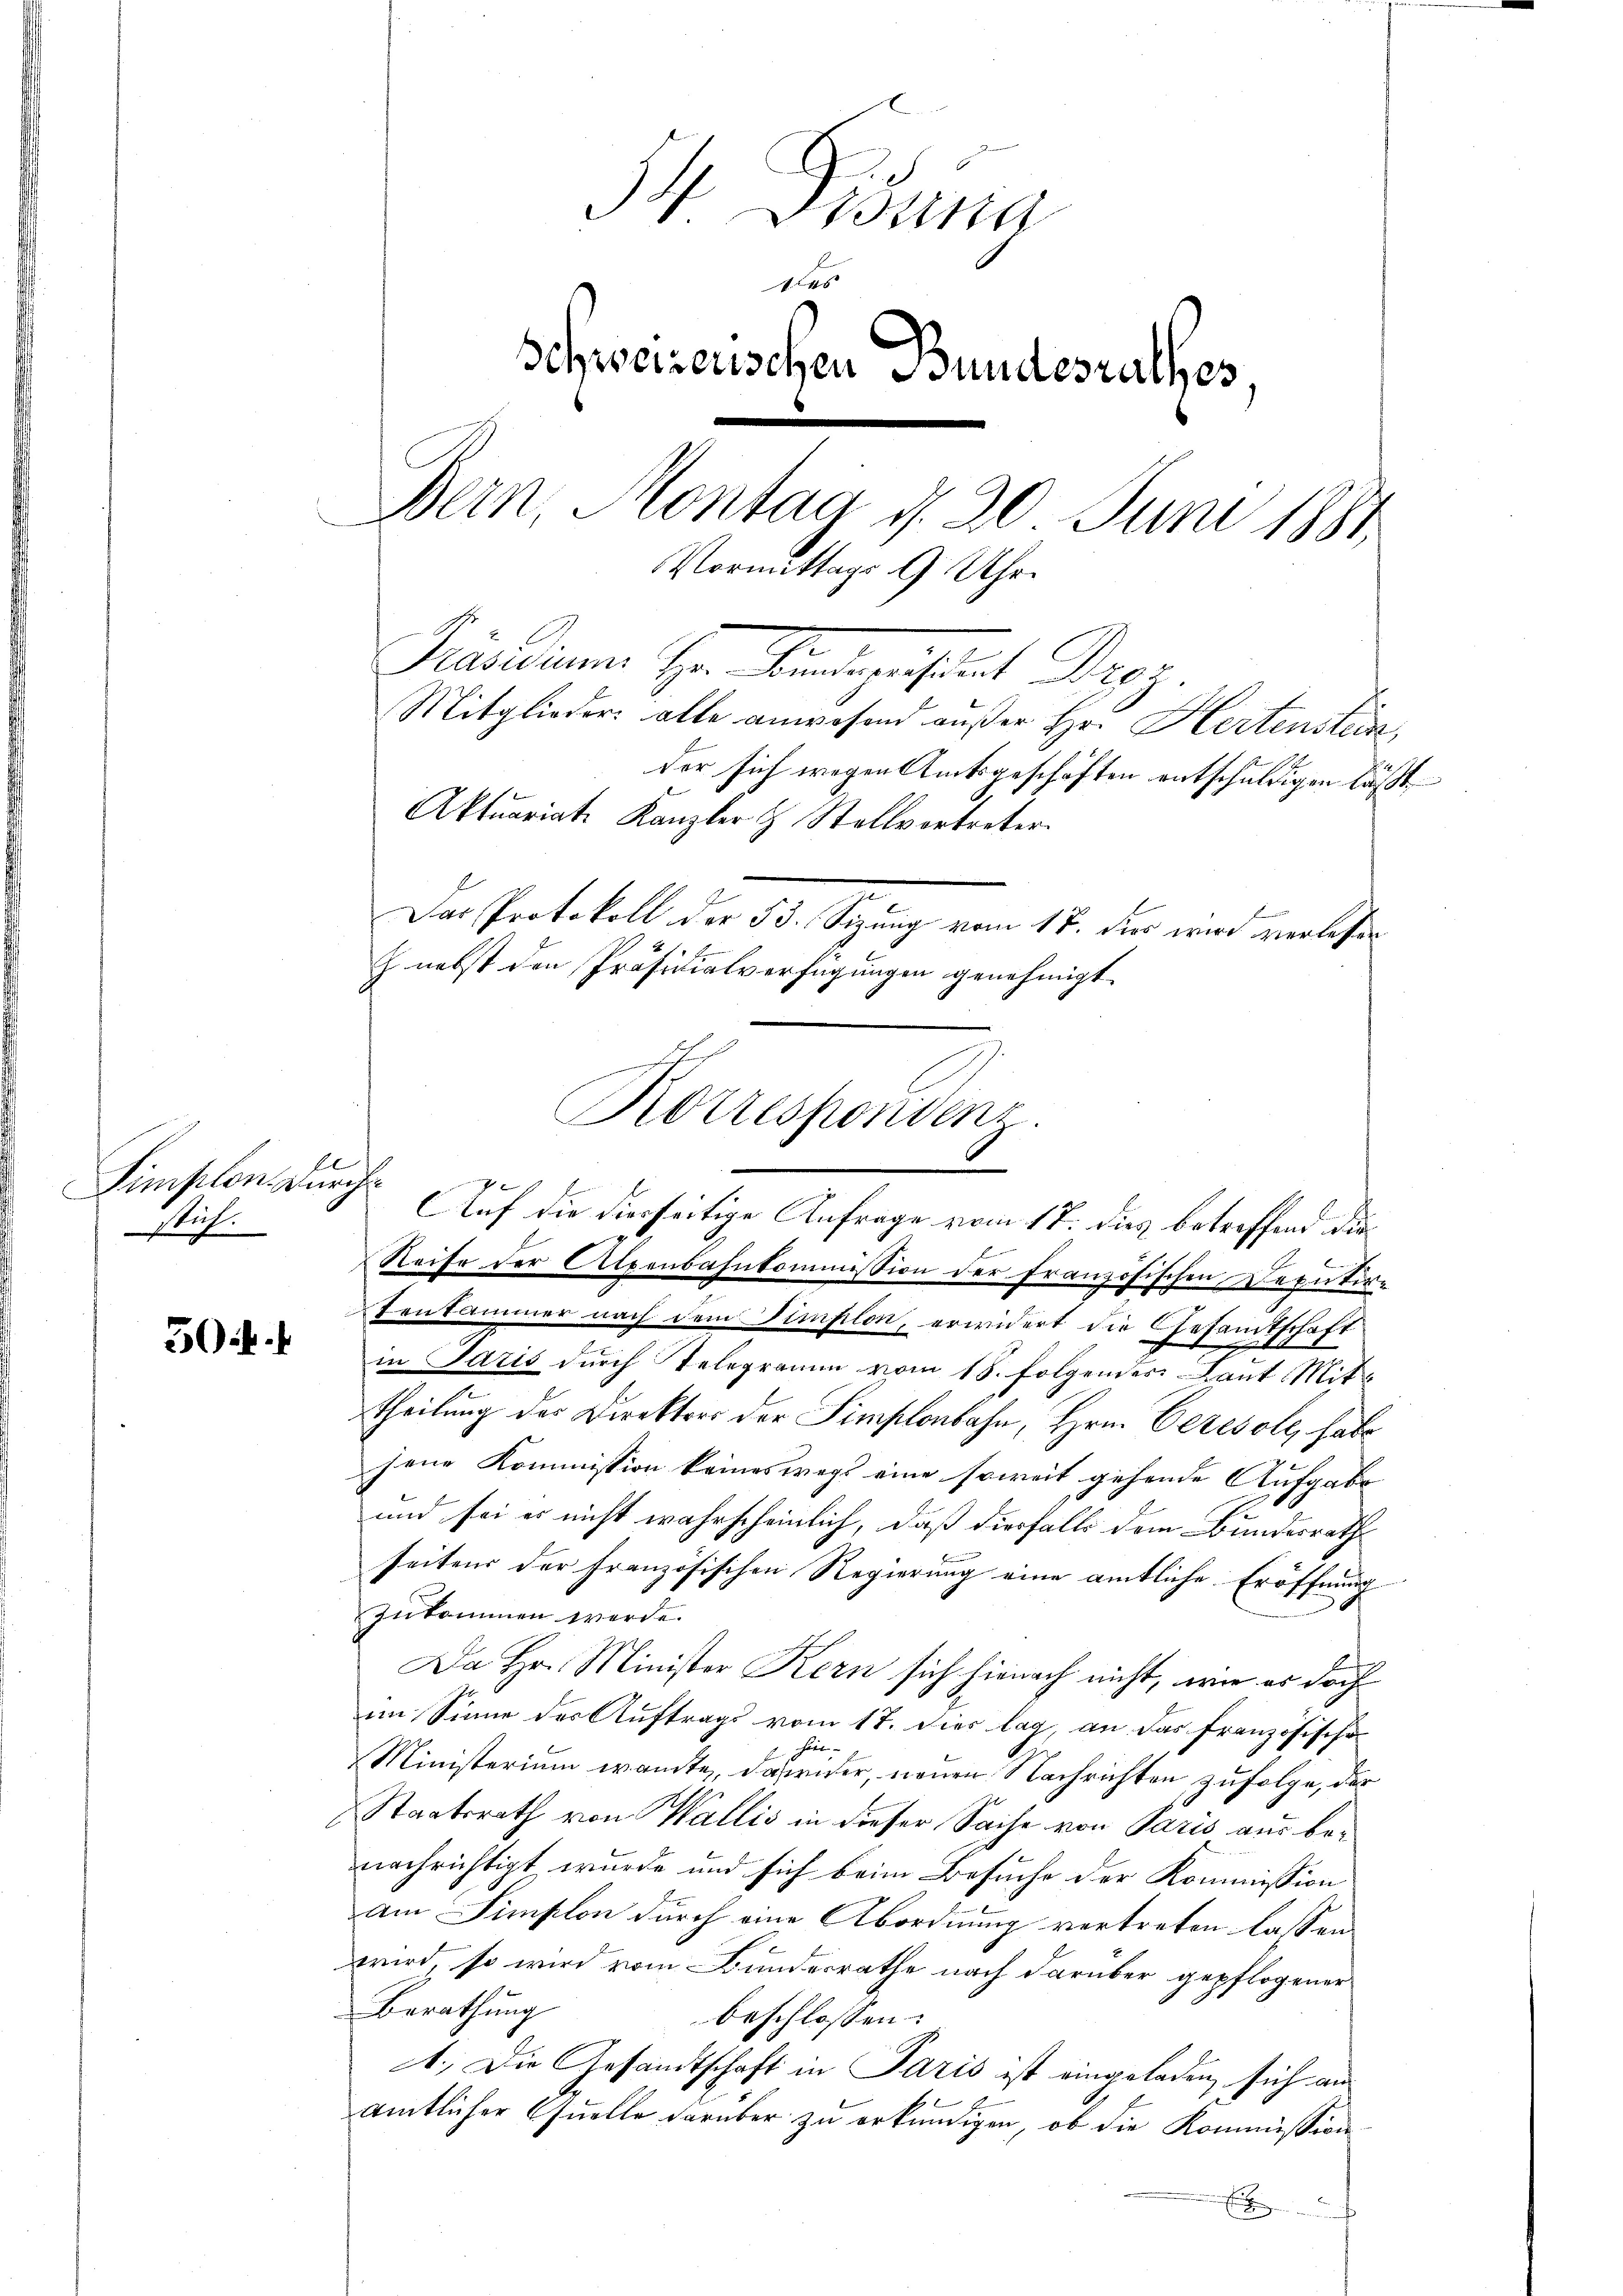
Simplon. Durch
stich.

50f.

Mitglieder alle anwesend außer Hr. Hertenstein,
Das Protokoll der 53. Sizung vom 17. der wird verlesen
h nebst den Präsidialverfügungen genehmigt.
Reise der Alpenbahnkommission der französischen Deputir-
e
Tenkammer nach dem Simplon, erwidert die Gesamtschaft
in Saris durch Telegramm vom 18. folgendes Laut Mittheilung des Direktors der Simplonbahn, Hrn. Ceresoll, habe
u
jene Kommission keineswegs eine soweit gehende Aufgabe
und sei es nicht wahrscheinlich, daß diesfalls dem Bundesrath
seitens der Französischen Regierung eine amtliche Eröffnung
.
zukommen werde.
Da Hr. Minister Kern sich hienach nicht, wie es doch
im Sinne der Auftrags vom 17. dies lag, an das französische
häut- |
Ministerium wandte, darwider, neuen Nachrichten zufolge, der
Staatsrath von Wallis in dieser Sache von Paris aus benachrichtigt wurde und sich beim Besuche der Kommission
am Simplon durch eine Abordnung vertreten lassen
wird, so wird vom Bundesrathe nach darüber gepflogener
Berathung
beschlossen:
1.) Die Gesandtschaft in Paris ist eingeladen, sich an
amtlicher quelle darüber zu erkundigen, ob die Kommission
E

Visung
schweizerischen Bundesrathes,
Bern, Montag d. 20 Juni 1881
Vormittags 9 Uhr.
Präsidium Hrn. Karleiheit Proz.

Aktuariate Kanzler & Stellvortreter

Korrespondenz.
Auf die dierseitige Anfrage vom 17. dies betreffend die

der sich wegen Amtsgeschäften entschuldigen läßt,